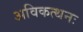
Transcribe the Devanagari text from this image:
अविकत्थनः